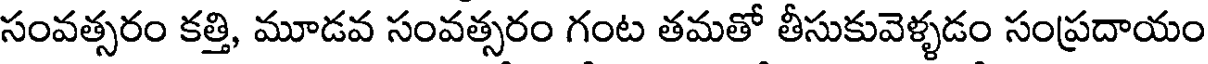
సంవత్సరం కత్తి, మూడవ సంవత్సరం గంట తమతో తీసుకువెళ్ళడం సంప్రదాయం